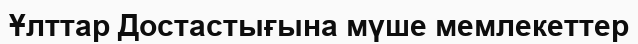
Ұлттар Достастығына мүше мемлекеттер